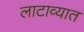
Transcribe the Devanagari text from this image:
लाटाव्यात